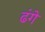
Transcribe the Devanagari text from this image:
ढंगे